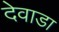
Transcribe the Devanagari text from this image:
देवाडा